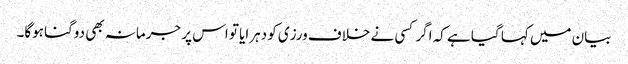
بیان میں کہا گیا ہے کہ اگر کسی نے خلاف ورزی کو دہرایا تو اس پر جرمانہ بھی دوگنا ہوگا۔